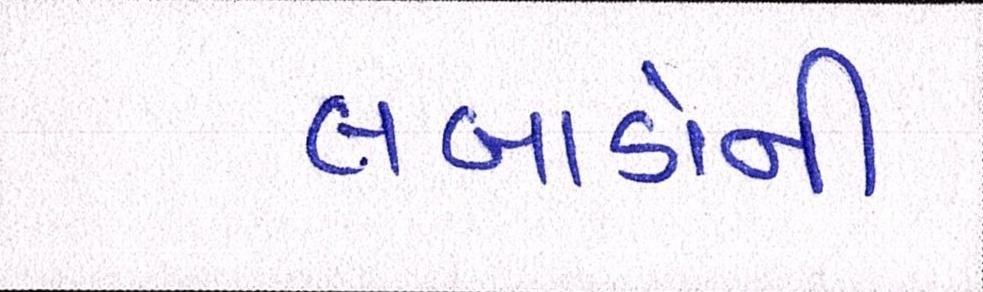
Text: લબાડોની